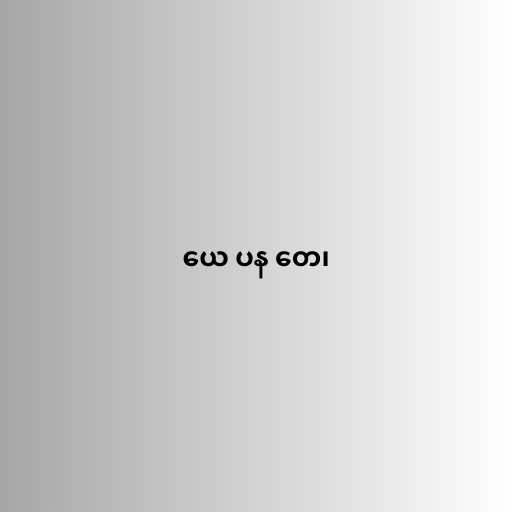
ယေ ပန တေ၊